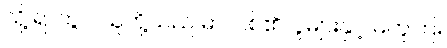
သို့ ရာတွင် သူတို့သည် မာလစ်၏လူများနှင့် မတူကြ။